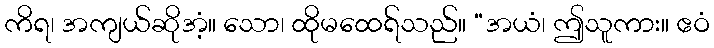
ကိရ၊ အကျယ်ဆိုအံ့။ သော၊ ထိုမထေရ်သည်။ “အယံ၊ ဤသူကား။ ဧဝံ